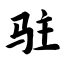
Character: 驻